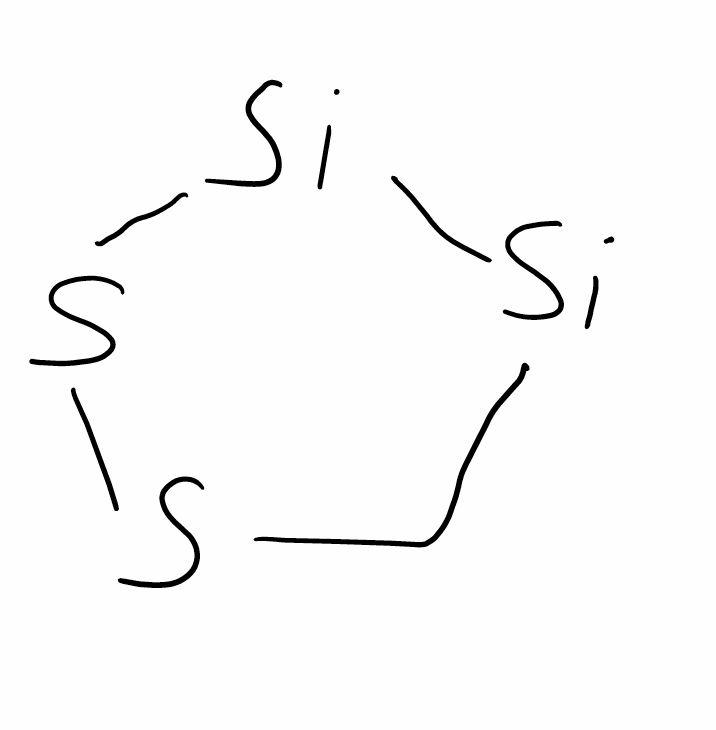
Simplified molecular-input line-entry system (SMILES) notation of the given molecule:
C1[Si][Si]SS1